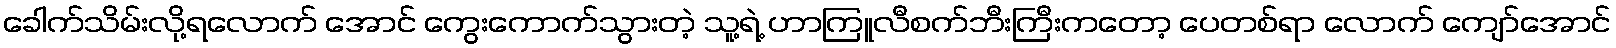
ခေါက်သိမ်းလို့ရလောက် အောင် ကွေးကောက်သွားတဲ့ သူ့ရဲ့ ဟာကြူလီစက်ဘီးကြီးကတော့ ပေတစ်ရာ လောက် ကျော်အောင်